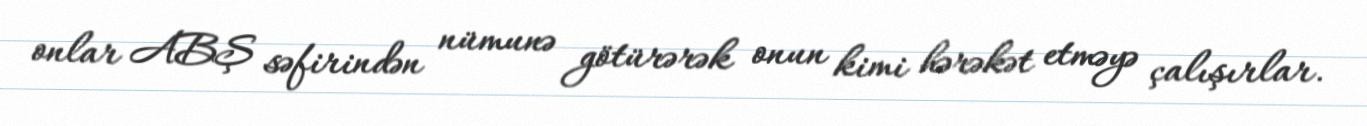
onlar ABŞ səfirindən nümunə götürərək onun kimi hərəkət etməyə çalışırlar.